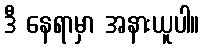
ဒီ နေရာမှာ အနားယူပါ။